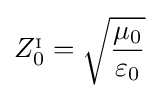
Z_{0}^{_{\mathrm {I} }}={\sqrt {\frac {\mu _{0}}{\varepsilon _{0}}}}